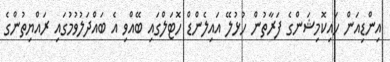
އިންޑިއަން ހައިކޮމިޝަންގެ ފަރާތުން ހުޅުލޭ އައިލެންޑް ހޮޓަލްގައި ބޭއްވި އެ ބައްދަލުވުމުގައި ރައްޔިތުންގެ